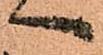
へ